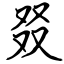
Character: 叕